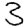
Digit: 3